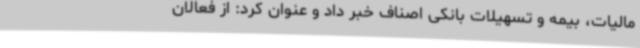
مالیات، بیمه و تسهیلات بانکی اصناف خبر داد و عنوان کرد: از فعالان